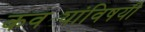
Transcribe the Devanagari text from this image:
कवट्यांविषयी